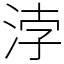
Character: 浡